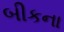
બીકના